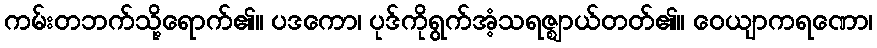
ကမ်းတဘက်သို့ရောက်၏။ ပဒကော၊ ပုဒ်ကိုရွက်အံ့သရဇ္ဈာယ်တတ်၏။ ဝေယျာကရဏော၊